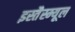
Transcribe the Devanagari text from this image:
इस्तैस्म्यूल